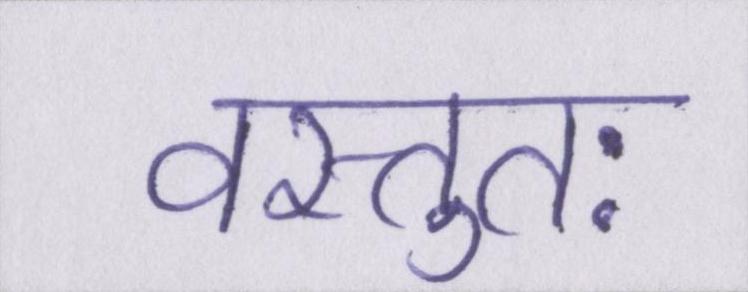
वस्तुतः